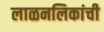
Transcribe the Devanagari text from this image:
लाळनलिकांची